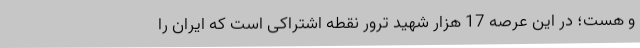
و هست؛ در این عرصه 17 هزار شهید ترور نقطه اشتراکی است که ایران را